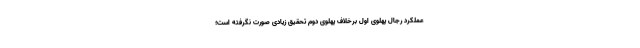
عملکرد رجال پهلوی اول برخلاف پهلوی دوم تحقیق زیادی صورت نگرفته است؛